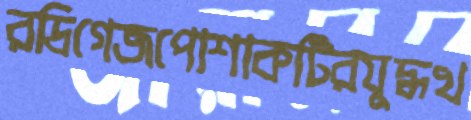
রদ্রিগেজপোশাকটিরযুদ্ধখ